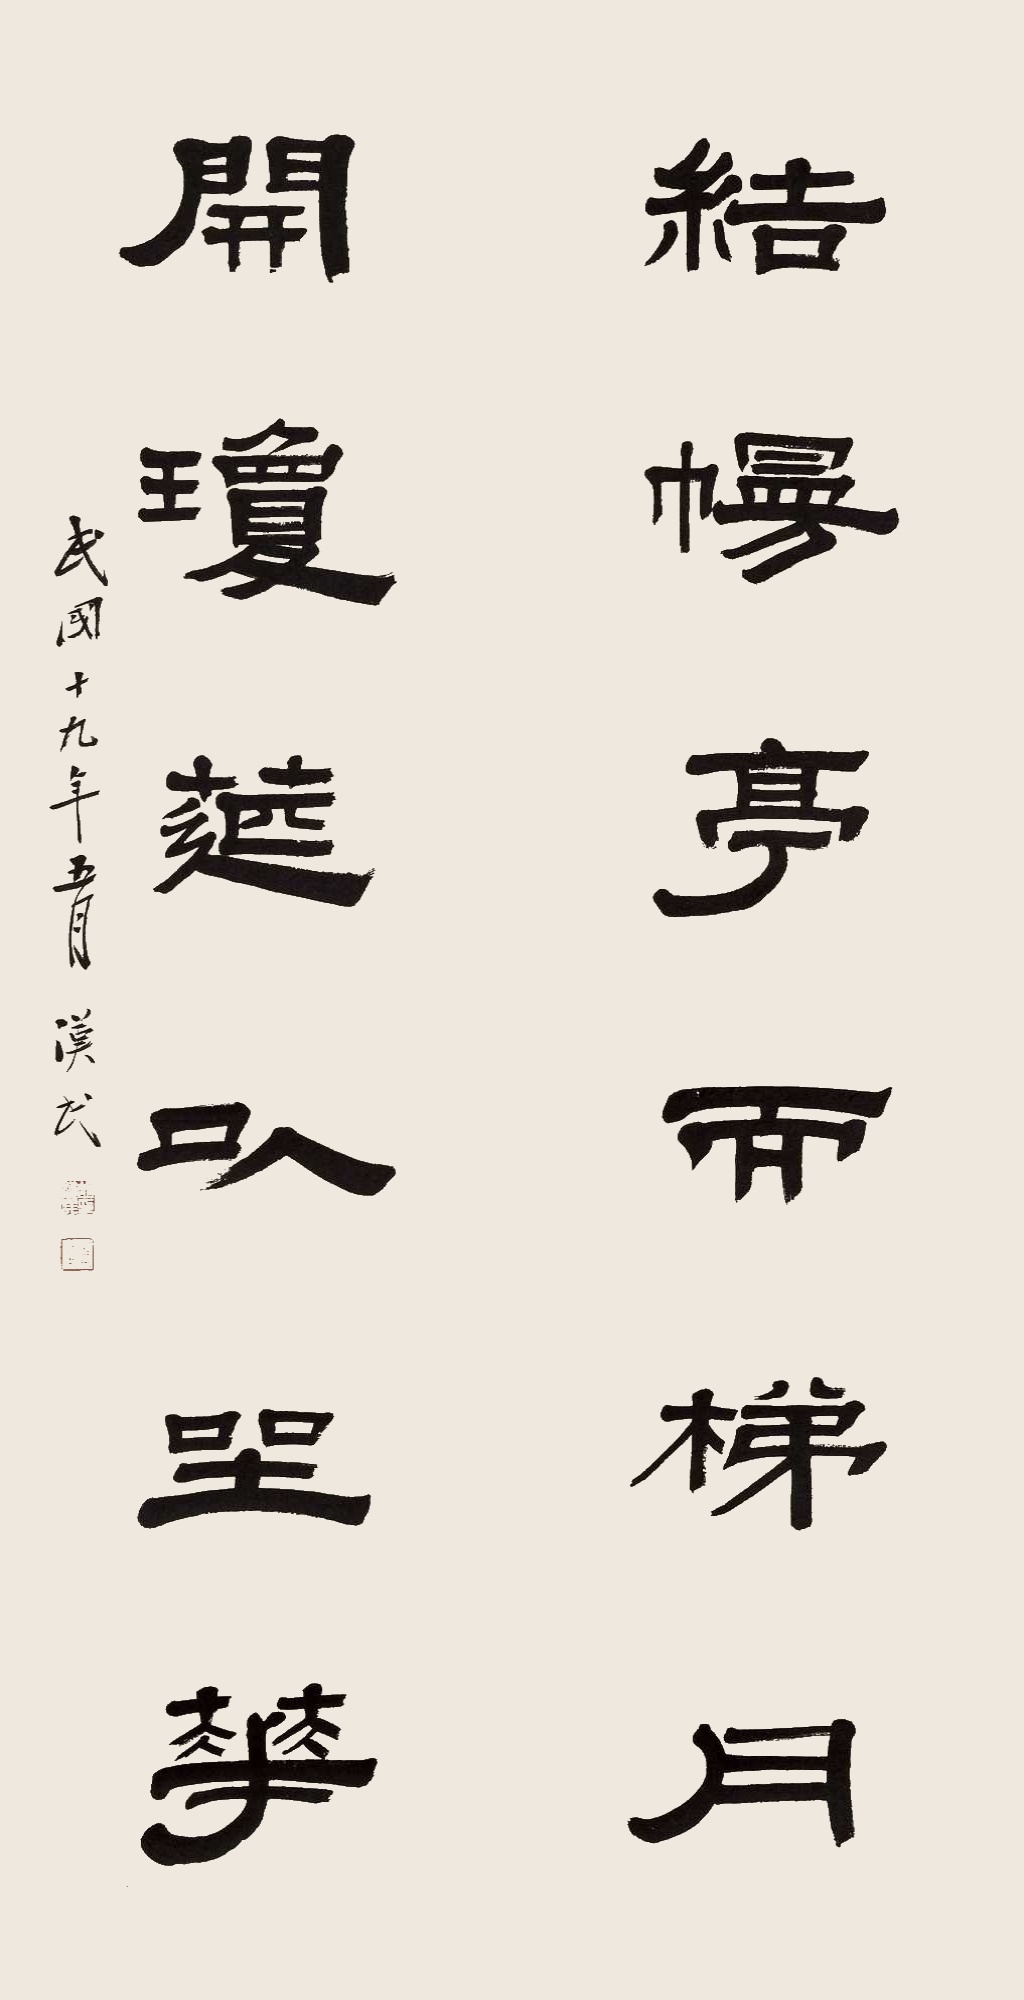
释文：结㡢亭而梯月，开琼筵以坐华。民国十九年五月，汉民。